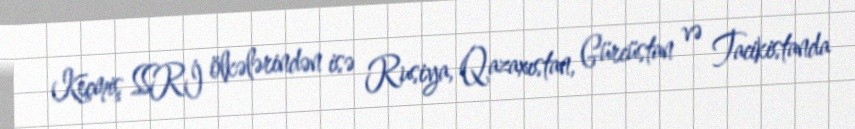
Keçmiş SSRİ ölkələrindən isə Rusiya, Qazaxıstan, Gürcüstan və Tacikistanda